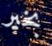
بخير